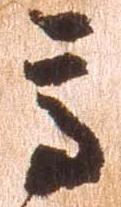
高